system: You are a helpful assistant.
user:
Analyze the provided spectrum to determine if it is a **"Cataclysmic Variables (CV)"**.

- **Key Indicators for CV (Check for either state):**
    - **State 1: Quiescent / Low-State (Emission-Dominated)**
        - **(Primary):** Strong and *very broad* Hydrogen Balmer emission lines (e.g., $H\alpha$ at 6563 Å, $H\beta$ at 4861 Å). The 'broadness' (high velocity dispersion, often FWHM > 1000 km/s) is the key diagnostic, indicating a high-velocity accretion disk.
        - **(Secondary):** Broad neutral Helium (He I) emission lines (e.g., 5876 Å, 6678 Å).
        - **(Key Confirmation):** Presence of high-excitation *ionized* Helium (He II) emission at 4686 Å. This is a strong indicator of accretion onto a white dwarf.
        - **(Line Profile):** Emission lines may exhibit a 'double-peaked' profile, which is a classic signature of a rotating accretion disk viewed at high inclination.

    - **State 2: Outburst / High-State (Absorption-Dominated)**
        - **(Primary):** Spectrum is dominated by a bright, blue continuum (looks like a hot star).
        - **(Secondary):** The emission lines from State 1 are weak, absent, or 'filled in', and are replaced by broad, shallow *absorption* lines (primarily Balmer and He I).
        - **(Morphology):** The overall spectrum mimics a hot B/A-type star. The crucial difference is that the absorption lines are significantly broader, shallower, and more 'washed-out' (or 'smeared') than the sharp lines of a normal stellar photosphere, due to high rotational speeds and pressure broadening in the disk.

Think first, call **spectral_visualization_tool** if needed to examine features in detail, then provide your final answer. Your response must adhere to the following strict rules:
1.  **Overall Structure:** Your response must follow the format `<think>...</think> <tool_call>...</tool_call> (if a tool is used) <answer>...</answer>`.
2.  **Tool Usage Constraint:** You may only make **one** tool call per turn.
3.  **Final Answer Format:** In the `<answer>` tag, your conclusion must be inside a `\boxed{}` command (e.g., `\boxed{YES}`), followed by your justification.

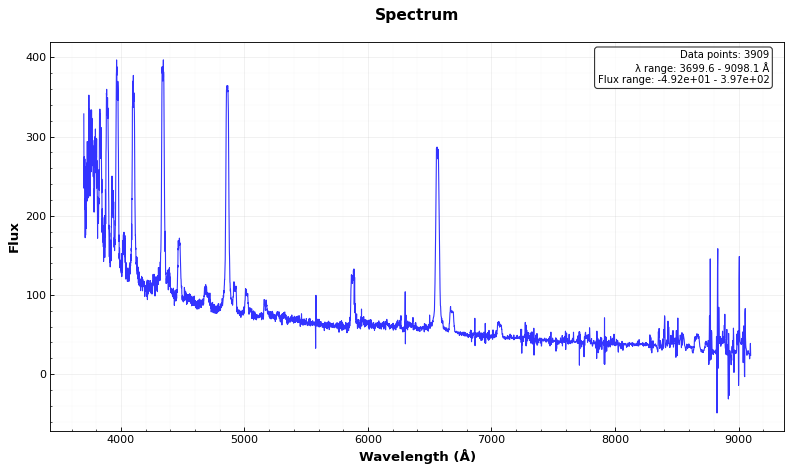
Answer: YES